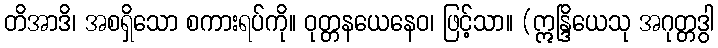
တိအာဒိ၊ အစရှိသော စကားရပ်ကို။ ဝုတ္တနယေနေဝ၊ ဖြင့်သာ။ (ဣန္ဒြိယေသု အဂုတ္တဒွါ